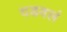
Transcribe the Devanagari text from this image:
दडवलं